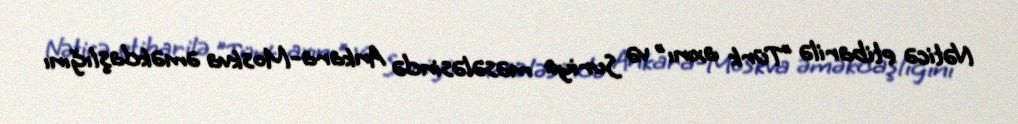
Nəticə etibarilə ”Türk axını" və Suriya məsələsində Ankara-Moskva əməkdaşlığını